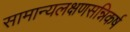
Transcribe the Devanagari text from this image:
सामान्यलक्षणसन्निकर्ष